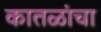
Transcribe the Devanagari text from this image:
कातळांचा